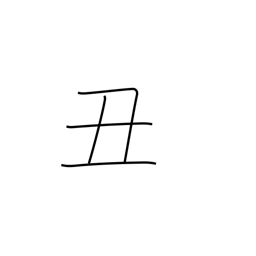
Meaning: sign of the ox or cow